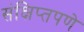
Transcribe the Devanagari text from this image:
संक्षिप्‍तपणे